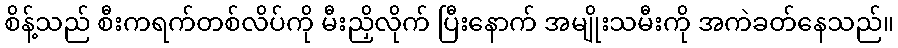
စိန့်သည် စီးကရက်တစ်လိပ်ကို မီးညှိလိုက် ပြီးနောက် အမျိုးသမီးကို အကဲခတ်နေသည်။